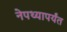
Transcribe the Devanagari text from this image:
नेपथ्यापर्यंत